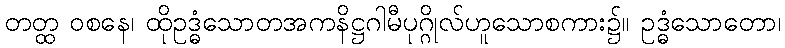
တတ္ထ ဝစနေ၊ ထိုဥဒ္ဓံသောတအကနိဋ္ဌဂါမီပုဂ္ဂိုလ်ဟူသောစကား၌။ ဥဒ္ဓံသောတော၊